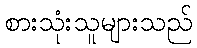
စားသုံးသူများသည်